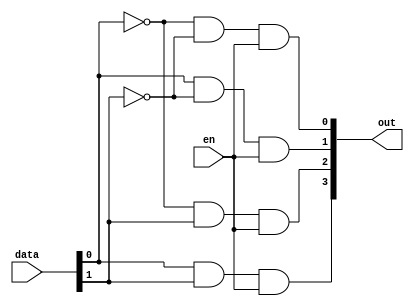
`timescale 1ns / 1ps

module decoder2to4(
    input [1:0] data,
	 input en,
    output [3:0] out
    );
	 
	 assign out[0] = ~data[0] & ~data[1] & en;
	 assign out[1] = data[0] & ~data[1] & en;
	 assign out[2] = ~data[0] & data[1] & en;
	 assign out[3] = data[0] & data[1] & en;

endmodule